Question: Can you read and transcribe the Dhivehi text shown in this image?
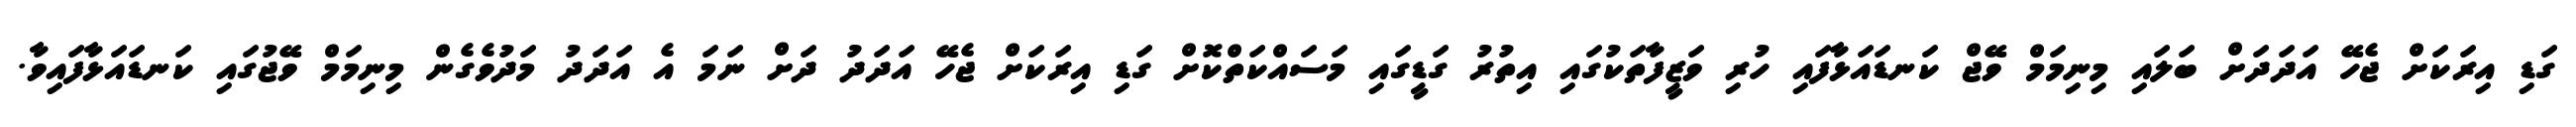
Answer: ގަޑި އިރަކަށް ޖެހޭ އަދަދަށް ބަލައި މިނިމަމް ވޭޖް ކަނޑައަޅާފައި ހުރި ވަޒީފާތަކުގައި އިތުރު ގަޑީގައި މަސައްކަތްކޮށް ގަޑި އިރަކަށް ޖެހޭ އަދަދު ދަށް ނަމަ އެ އަދަދު މަދުވެގެން މިނިމަމް ވޭޖުގައި ކަނޑައަޅާފައިވާ.